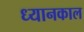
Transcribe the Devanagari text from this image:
ध्यानकाल